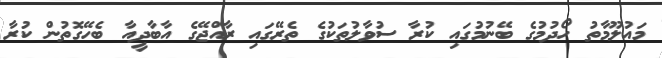
މައުލޫމާތު ހޯދުމުގެ ބޭނުމުގައި ކުރާ ސުވާލުތަކުގެ ތެރޭގައި ރާއްޖޭގެ އާބާދީއާ ބެހޭގޮތުން ކުރާ